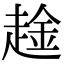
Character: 趛